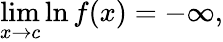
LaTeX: \operatorname*{lim}_{x\to c}\ln{f(x)}=-\infty,